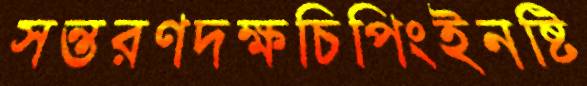
সন্তরণদক্ষচিপিংইনষ্টি